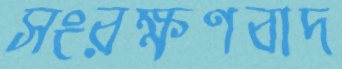
সংরক্ষণবাদ